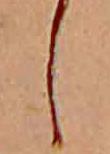
し